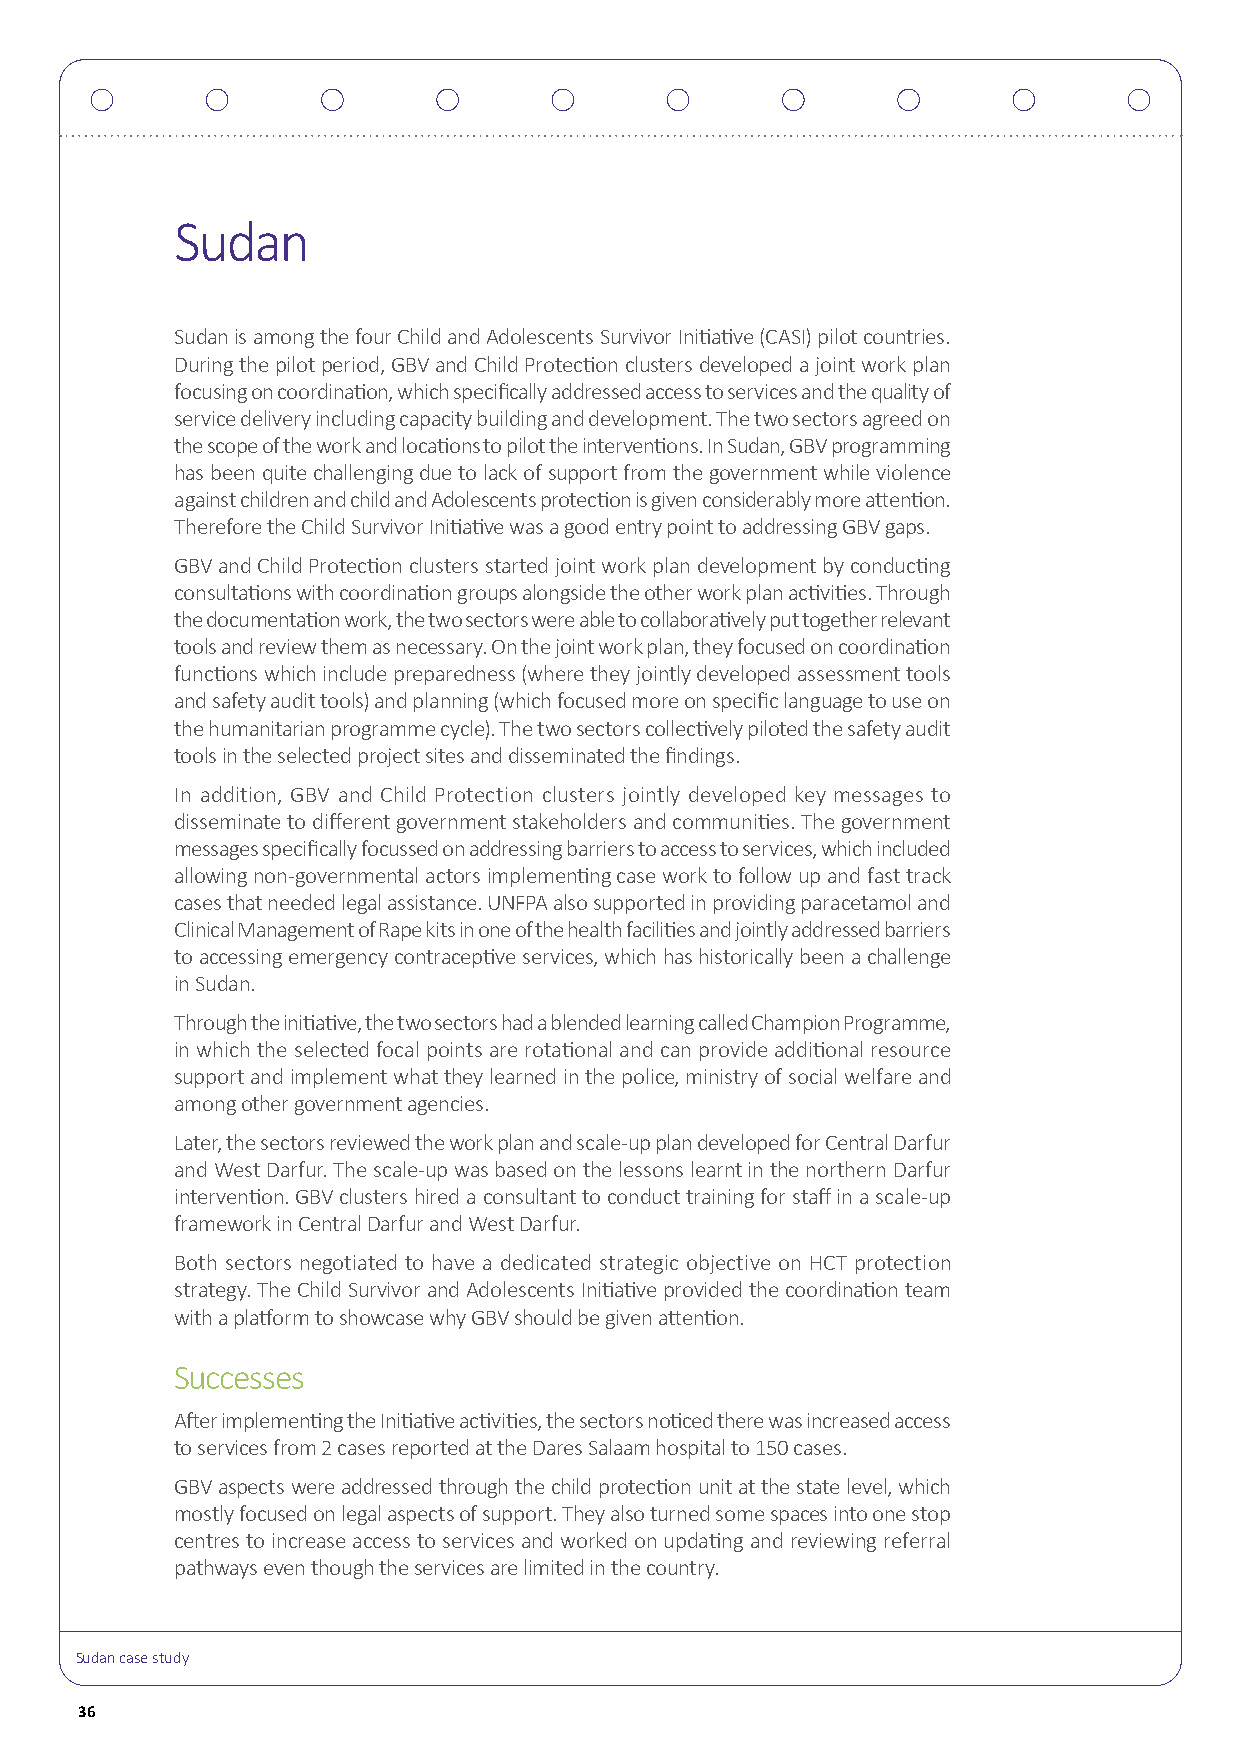
Sudan
 Sudan is among the four Child and Adolescents Survivor Initiative (CASI) pilot countries.
 During the pilot period, GBV and Child Protection clusters developed a joint work plan
 focusing on coordination, which specifically addressed access to services and the quality of
 service delivery including capacity building and development. The two sectors agreed on
 the scope of the work and locations to pilot the interventions. In Sudan, GBV programming
 has been quite challenging due to lack of support from the government while violence
 against children and child and Adolescents protection is given considerably more attention.
 Therefore the Child Survivor Initiative was a good entry point to addressing GBV gaps.
 GBV and Child Protection clusters started joint work plan development by conducting
 consultations with coordination groups alongside the other work plan activities. Through
 the documentation work, the two sectors were able to collaboratively put together relevant
 tools and review them as necessary. On the joint work plan, they focused on coordination
 functions which include preparedness (where they jointly developed assessment tools
 and safety audit tools) and planning (which focused more on specific language to use on
 the humanitarian programme cycle). The two sectors collectively piloted the safety audit
 tools in the selected project sites and disseminated the findings.
 In addition, GBV and Child Protection clusters jointly developed key messages to
 disseminate to different government stakeholders and communities. The government
 messages specifically focussed on addressing barriers to access to services, which included
 allowing non-governmental actors implementing case work to follow up and fast track
 cases that needed legal assistance. UNFPA also supported in providing paracetamol and
 Clinical Management of Rape kits in one of the health facilities and jointly addressed barriers
 to accessing emergency contraceptive services, which has historically been a challenge
 in Sudan.
 Through the initiative, the two sectors had a blended learning called Champion Programme,
 in which the selected focal points are rotational and can provide additional resource
 support and implement what they learned in the police, ministry of social welfare and
 among other government agencies.
 Later, the sectors reviewed the work plan and scale-up plan developed for Central Darfur
 and West Darfur. The scale-up was based on the lessons learnt in the northern Darfur
 intervention. GBV clusters hired a consultant to conduct training for staff in a scale-up
 framework in Central Darfur and West Darfur.
 Both sectors negotiated to have a dedicated strategic objective on HCT protection
 strategy. The Child Survivor and Adolescents Initiative provided the coordination team
 with a platform to showcase why GBV should be given attention.
 Successes
 After implementing the Initiative activities, the sectors noticed there was increased access
 to services from 2 cases reported at the Dares Salaam hospital to 150 cases.
 GBV aspects were addressed through the child protection unit at the state level, which
 mostly focused on legal aspects of support. They also turned some spaces into one stop
 centres to increase access to services and worked on updating and reviewing referral
 pathways even though the services are limited in the country.
 Sudan case study
 36